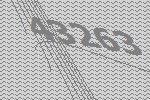
43263